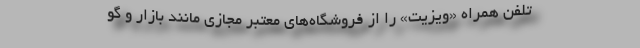
تلفن همراه «ویزیت» را از فروشگاه‌های معتبر مجازی مانند بازار و گو